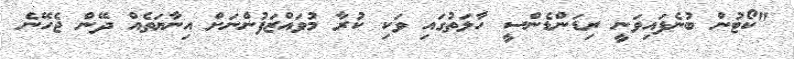
"ކޯޓުން ބުނެފައިވަނީ ރިޑަންޑެންސީ ހާލަތުގައި ވަކި ކުރާ މުވައްޒަފުންނަށް އިނާޔަތެއް ދޭން ޖެހޭނެ